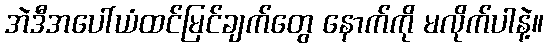
အဲဒီအပေါ်ယံထင်မြင်ချက်တွေ နောက်ကို မလိုက်ပါနဲ့။